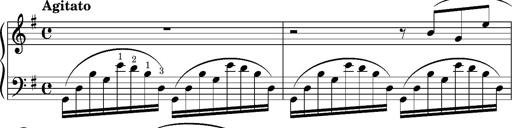
Title: Album-Leaf 'Agitato in G major' (S.167l/1)
Composer: Franz Liszt
Key: G major (S.167l/1)